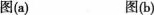
图(a) 图(b)